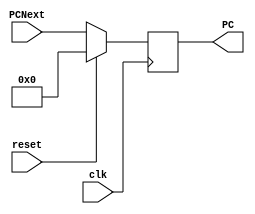
module program_counter(PCNext,clk,reset,PC);

    input[31:0] PCNext;
    output reg[31:0] PC;
    input clk,reset;


    always @(posedge clk) begin
      if(reset == 1'b1) begin
        PC <=32'h00000000;
      end
      else begin
        PC <= PCNext;
      end
    end

endmodule